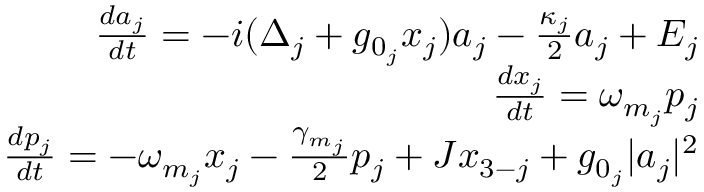
\begin{array} { r } { \frac { d a _ { j } } { d t } = - i ( \Delta _ { j } + g _ { 0 _ { j } } x _ { j } ) a _ { j } - \frac { \kappa _ { j } } { 2 } a _ { j } + E _ { j } } \\ { \frac { d x _ { j } } { d t } = \omega _ { m _ { j } } p _ { j } } \\ { \frac { d p _ { j } } { d t } = - \omega _ { m _ { j } } x _ { j } - \frac { \gamma _ { m _ { j } } } { 2 } p _ { j } + J x _ { 3 - j } + g _ { 0 _ { j } } | a _ { j } | ^ { 2 } } \end{array}